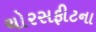
ચોરસફીટના